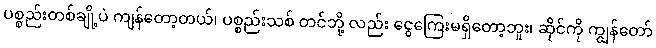
ပစ္စည်းတစ်ချို့ပဲ ကျန်တော့တယ်၊ ပစ္စည်းသစ် တင်ဘို့ လည်း ငွေကြေးမရှိတော့ဘူး၊ ဆိုင်ကို ကျွန်တော်